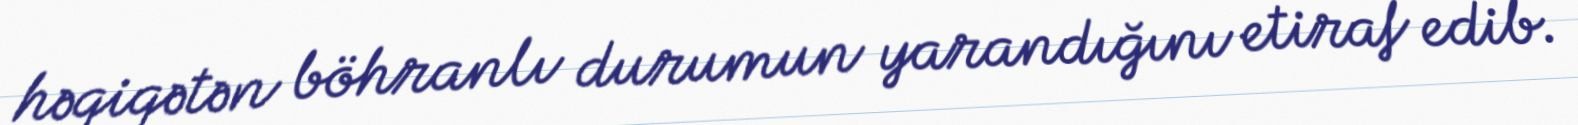
həqiqətən böhranlı durumun yarandığını etiraf edib.